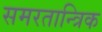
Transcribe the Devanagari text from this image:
समरतान्त्रिक